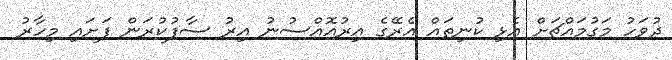
ދުވަހު މަގުމައްޗަށް އެޅި ކުނިތައް އެރޭގެ އިރުއޮއްސުނު އިރު ސާފުކުރަން ފަށައި މިހާރު